Report on the nature of kala-azar
Disease focus: Kala-Azar
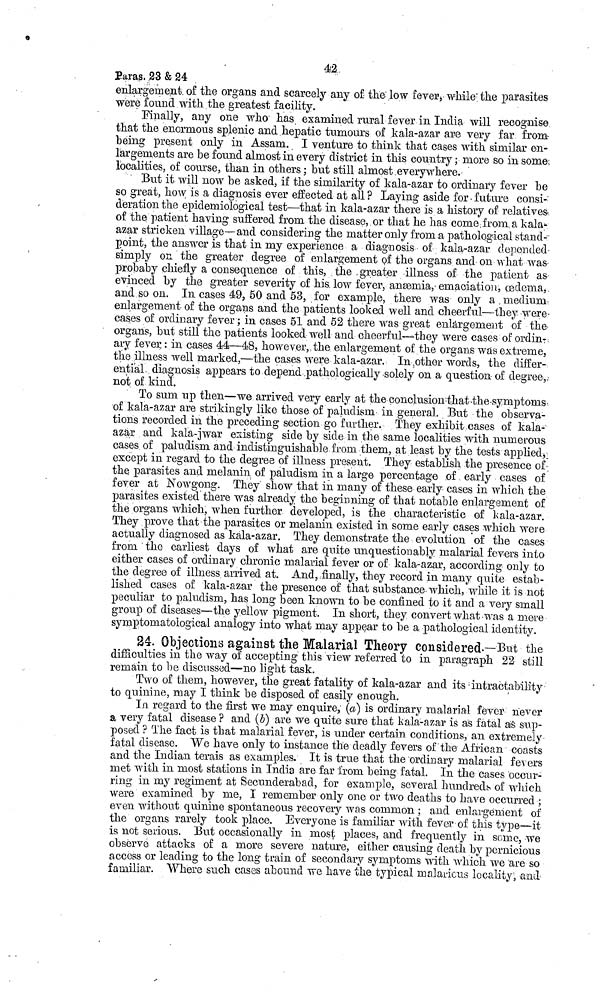
42
Paras. 23 & 24
enlargement of the organs and scarcely any of the low fever, while the parasites
were found with the greatest facility.
Finally, any one who has examined rural fever in India will recognise
that the enormous splenic and hepatic tumours of kala-azar are very far from
being present only in Assam. I venture to think that cases with similar en-
largements are be found almost in every district in this country ; more so in some
localities, of course, than in others; but still almost, every where.
But it will now be asked, if the similarity of kala-azar to ordinary fever be
so great, how is a diagnosis ever effected at all? Laying aside for future consi-
deration the epidemiological test—that in kala-azar there is a history of relatives
of the patient having suffered from the disease, or that he has come from a kala-
azar stricken village—and considering the matter only from a patholqgical stand--
point, the answer is that in my experience a diagnosis of kala-azar depended
simply on the greater degree of enlargement of the organs and on what was-
probaby chiefly a consequence of this, the greater illness of the patient as
evinced by the greater severity of his. low fever, anæmia, emaciation, œdenia,
and so on. In cases 49, 50 and 53, for example, there was only a medium,
enlargement of the organs and the patients looked well and cheerful—they were
cases of ordinary fever; in cases 51 and 52 there was great enlargement of the
organs, but still the patients looked well and cheerful—they were cases of ordin-
ary fever : in cases 44—48, however, the enlargement of the organs was extreme,
the illness well marked,—the cases were kala-azar. In other words, the differ-
ential diagnosis appears to depend pathologically solely on a question of degree,
not of kind.
To sum up then—we arrived very early at the conclusion that the symptoms
of kala-azar are strikingly like those of pamdisrn in general. But the observa-
tions recorded in the preceding section go further. They exhibit cases of kala-
azar and kala-jwar existing side by side in the same localities with numerous
cases of paludism and indistinguishable from, them, at least by the tests applied,
except in regard to the degree of illness present. They establish the presence of
the parasites and melanin of paludism in a large percentage of early cases of
fever at Nowgong. They show that in many of these early cases in which the
parasites existed there was already the beginning of that notable enlargement of
the organs which, when further developed, is the characteristic of kala-azar.
They prove that the parasites or melanin existed in some early cases which were
actually diagnosed as kala-azar. They demonstrate the evolution of the cases
from the earliest days of what are quite unquestionably malarial fevers into
either cases of ordinary chronic malarial fever or of kala-azar, according only to
the degree of illness arrived at. And, finally, they record in many quite estab-
lished cases of kala-azar the presence of that substance, which, while it is not
peculiar to paludism, has long been known to be confined to it and a very small
group of diseases—the yellow pigment. In short, they convert what was a mere
symptornatological analogy into what may appear to be a pathological identity.
24. Objections against the Malarial Theory considered.—But the
difficulties in the way of accepting this view referred to in paragraph 22 still
remain to be discussed—no light task.
Two of them, however, the great fatality of kala-azar and its intractability
to quinine, may I think be disposed of easily enough.
In regard to the first we may enquire, (a) is ordinary malarial fever never
a very fatal disease ? and (b) are we quite sure that kala-azar is as fatal as sup-
posed ? The fact is that malarial fever, is under certain conditions, an extremely
fatal disease. We have only to instance the deadly fevers of the African coasts
and the Indian terais as examples. It is true that the ordinary malarial fevers
met with in most stations in India are far from being fatal. In the cases occur-
ring in my regiment at Secunclerabad, for example, several hundreds of which
were examined by me, I remember only one or two deaths to have occurred ;
even without quinine spontaneous recovery was common ; and enlargement of
the organs rarely took place. Everyone is familiar with fever of this type—it
is not serious. But occasionally in most places, and frequently in seme, we
observe attacks of a more severe nature, either causing death by pernicious
access or leading to the long train of secondary symptoms with which we are so
familiar. Where such cases abound we have the typical malarious locality, and